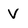
Character: V